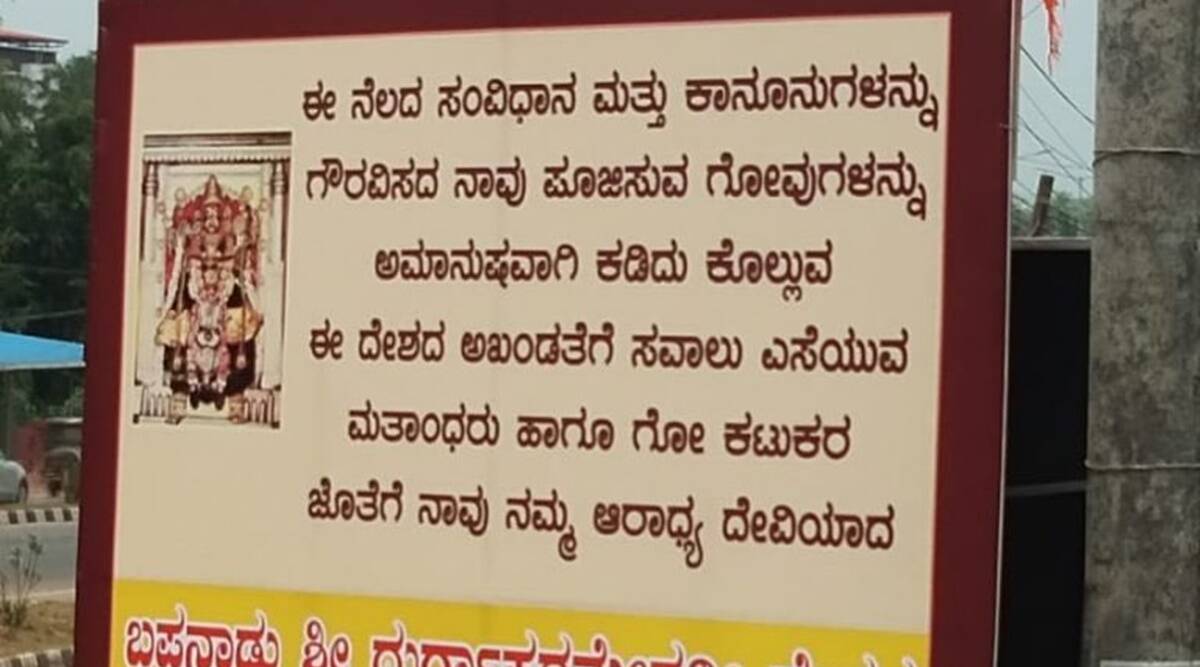
Language: kannada
Transcription: ಮತಾಂಧರು ನೆಲದ ಈ ಆರಾಧ್ಯ ದೇವಿಯಾದ ಕಟುಕರ ಅಮಾನುಷವಾಗಿ ಗೋವುಗಳನ್ನು ಕಡಿದು ಎಸೆಯುವ ಜೊತೆಗೆ ಕಾನೂನುಗಳನ್ನು ನಾವು ನಮ್ಮ ದೇಶದ ಹಾಗೂ ಮತ್ತು ಅಖಂಡತೆಗೆ